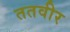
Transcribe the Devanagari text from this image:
ततवीर